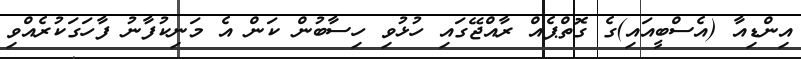
އިންޑިއާ (އެސްބީއައި)ގެ ގޮތްޕެއް ރާއްޖޭގައި ހުޅުވި ހިސާބުން ކަން އެ މަނިކުފާނު ފާހަގަކުރެއްވި